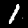
Label: 1